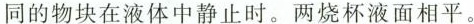
同的物块在液体中静止时。两烧杯液面相平。